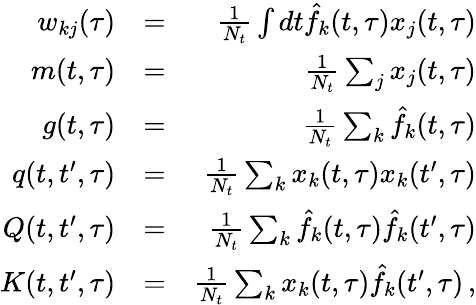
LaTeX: \begin{array}{rlr}{w_{kj}(\tau)}&{=}&{\frac{1}{N_{t}}\int dt\hat{f}_{k}(t,\tau)x_{j}(t,\tau)}\\ {m(t,\tau)}&{=}&{\frac{1}{N_{t}}\sum_{j}x_{j}(t,\tau)}\\ {g(t,\tau)}&{=}&{\frac{1}{N_{t}}\sum_{k}\hat{f}_{k}(t,\tau)}\\ {q(t,t^{\prime},\tau)}&{=}&{\frac{1}{N_{t}}\sum_{k}x_{k}(t,\tau)x_{k}(t^{\prime},\tau)}\\ {Q(t,t^{\prime},\tau)}&{=}&{\frac{1}{N_{t}}\sum_{k}\hat{f}_{k}(t,\tau)\hat{f}_{k}(t^{\prime},\tau)}\\ {K(t,t^{\prime},\tau)}&{=}&{\frac{1}{N_{t}}\sum_{k}x_{k}(t,\tau)\hat{f}_{k}(t^{\prime},\tau)\, ,}\end{array}